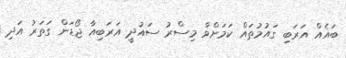
ބައެއް އަރަބި ގައުމުތައް ކަމަށްވާ މިސްރު ސައުދީ އަރަބިއާ ޖޯޑަން ގަތަރު އަދި